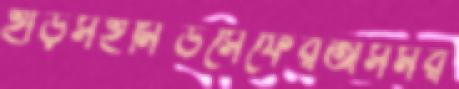
হাড়সহমিডসেফেরঅসমর